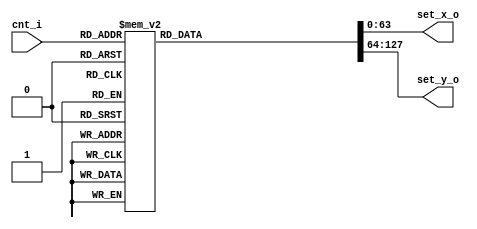
// decoder for cnt 
module DecoderCnt(
    input        [3:0]      cnt_i,
    output   reg [63:0]     set_x_o,
    output   reg [63:0]     set_y_o
);


always @ (*) begin
    case (cnt_i)
        4'd0: begin
            set_x_o = 64'h00000000000000EF;
            set_y_o = 64'h000000000001003F;
        end
        4'd1: begin
            set_x_o = 64'h000000000000004F;
            set_y_o = 64'h000000000000004F;
        end   
        4'd2: begin
            set_x_o = 64'h000000500000009F;
            set_y_o = 64'h000000000000004F;
        end
        4'd3: begin
            set_x_o = 64'h000000A0000000EF;
            set_y_o = 64'h000000000000004F;
        end    
        4'd4: begin
            set_x_o = 64'h000000000000004F;
            set_y_o = 64'h000000500000009F;
        end    
        4'd5: begin
            set_x_o = 64'h000000500000009F;
            set_y_o = 64'h000000500000009F;
        end    
        4'd6: begin
            set_x_o = 64'h000000A0000000EF;
            set_y_o = 64'h000000500000009F;
        end    
        4'd7: begin
            set_x_o = 64'h000000000000004F;
            set_y_o = 64'h000000A0000000EF;
        end    
        4'd8: begin
            set_x_o = 64'h000000500000009F;
            set_y_o = 64'h000000A0000000EF;
        end    
        4'd9: begin
            set_x_o = 64'h000000A0000000EF;
            set_y_o = 64'h000000A0000000EF;
        end    
        4'd10: begin
            set_x_o = 64'h000000000000004F;
            set_y_o = 64'h000000F00001003F;
        end   
        4'd11: begin
            set_x_o = 64'h000000500000009F;
            set_y_o = 64'h000000F00001003F;
        end   
        4'd12: begin
            set_x_o = 64'h000000A0000000EF;
            set_y_o = 64'h000000F00001003F;
        end   
        default: begin
            set_x_o = 64'h00000000000000EF;
            set_y_o = 64'h000000000001003F;
        end
    endcase
end

endmodule